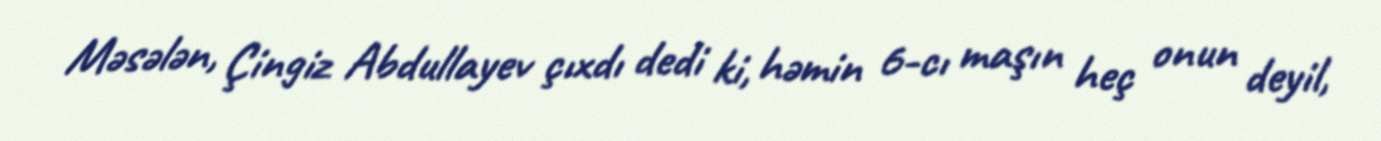
Məsələn, Çingiz Abdullayev çıxdı dedi ki, həmin 6-cı maşın heç onun deyil,